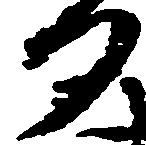
日